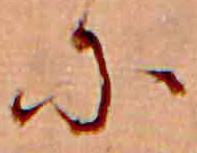
に